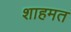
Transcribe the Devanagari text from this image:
शाहमत